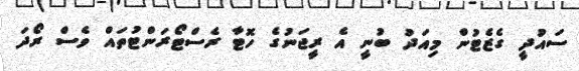
ސައުދީ ގެޒެޓުން މިއަދު ބުނީ އެ ރީޖަނުގެ ހޮޓާ ރެސްޓޯރަންޓުތައް ވެސް ރޯދަ